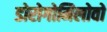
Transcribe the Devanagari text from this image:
डोरोगोमिलोवो